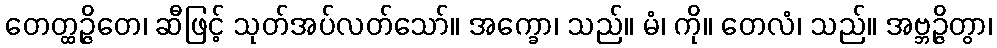
တေတ္ထဉ္ဇိတေ၊ ဆီဖြင့် သုတ်အပ်လတ်သော်။ အက္ခော၊ သည်။ မံ၊ ကို။ တေလံ၊ သည်။ အဗ္ဘဉ္ဇိတွာ၊